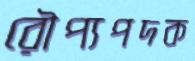
রৌপ্যপদক